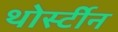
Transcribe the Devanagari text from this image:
थोर्स्टीन